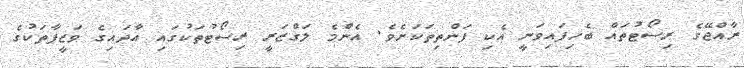
ރާއްޖޭގެ ރިސޯޓުތައް ބެހިފައިވަނީ އެކި ފަންތިތަކަށެވެ. އެންމެ ލަގްޒަރީ ރިސޯޓުތަކުގައި އާދައިގެ ވަޒީފާތަކުގެ